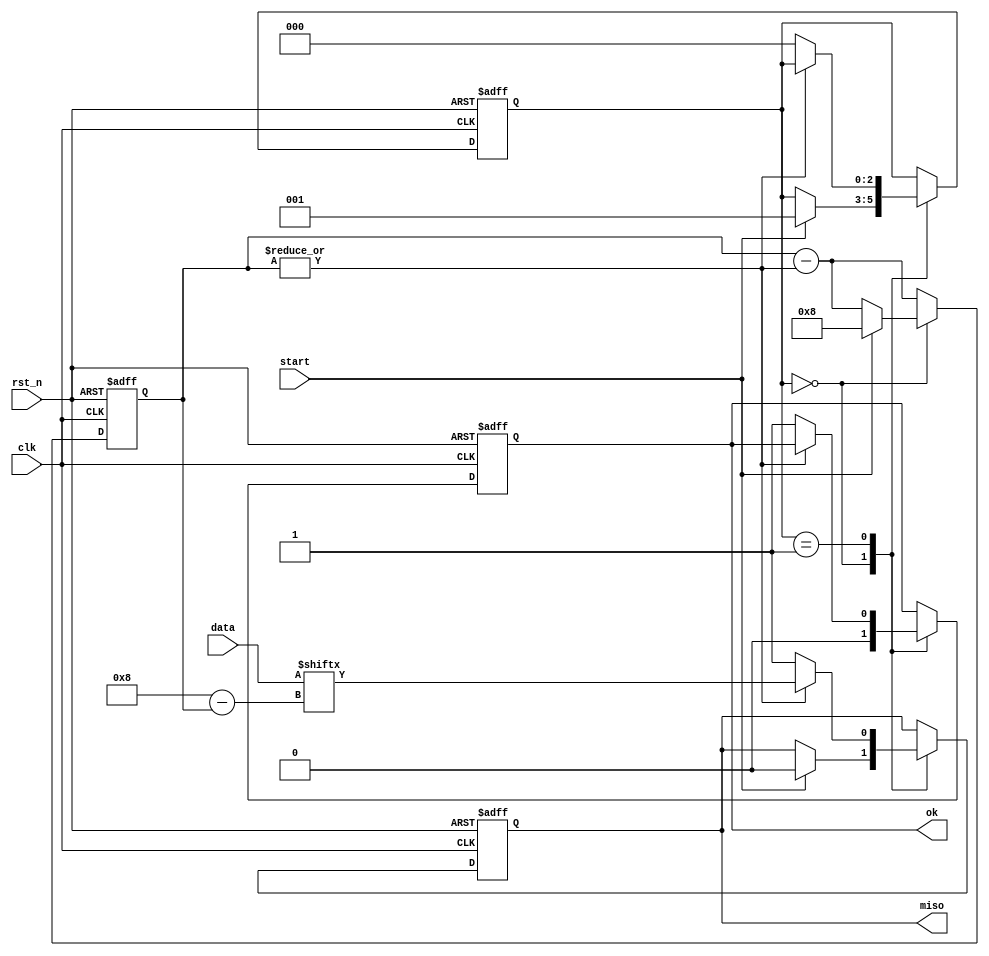
module uart_tx(
    input      rst_n,
    input      clk,
    input      start,
    input[7:0] data,
    output     miso,
    output reg ok
);
reg[7:0] tx_cnt,next_tx_cnt;
reg[2:0] state,next_state;
reg      tx,next_tx;
reg      next_ok;
reg[7:0] data_tmp,next_data_tmp;
assign miso = tx;
parameter idle      = 0;
parameter send_data = 1;
always@(posedge clk or negedge rst_n)begin
    if(!rst_n)begin
        state    <= idle; 
        tx_cnt   <= 0;
        tx       <= 1;
        data_tmp <= 0;
        ok       <= 1'b0;
    end
    else begin
        state    <= next_state;
        tx_cnt   <= next_tx_cnt;
        tx       <= next_tx;
        data_tmp <= next_data_tmp;
        ok       <= next_ok;
    end
end
always@(*)begin
    next_state    = state;
    next_tx_cnt   = tx_cnt - |tx_cnt;
    next_tx       = tx;
    next_data_tmp = data_tmp;
    next_ok       = ok;
    case(state)
        idle:begin
            next_ok = 1'b0;
            if(start)begin
                next_state    = send_data;
                next_tx_cnt   = 8;
                next_tx       = 1'b0;
            end
        end
        send_data:begin
            if(|tx_cnt)begin
                next_tx    = data[8-tx_cnt];
            end
            else begin
                next_state = idle;
                next_ok    = 1'b1;
                next_tx    = 1'b1;
            end
        end
    endcase
end
endmodule